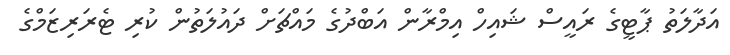
އަދާލަތު ޕާޓީގެ ރައީސް ޝައިހް އިމްރާން އަބްދުގެ މައްޗަށް ދައުލަތުން ކުރި ޓެރަރިޒަމްގެ